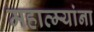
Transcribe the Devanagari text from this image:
महात्म्यांना